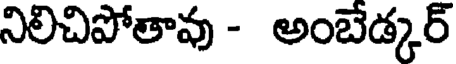
నిలిచిపోతావు - అంబేడ్కర్